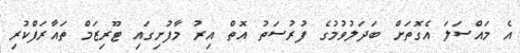
އެ މައްސަލަ އެގޮތަށް ބަދަލުވުމުގެ ފުރުސަތު އޮތް އިރު މާފުށިގައި ޓޫރިޒަމް ތައާރަފްކުރި